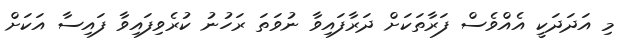
މި އަދަދަކީ އެއްވެސް ފަރާތަކަށް ދަރާފައިވާ ނުވަތަ ރަހުނު ކުރެވިފައިވާ ފައިސާ އަކަށް